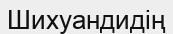
Шихуандидің